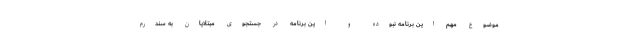
موضوع مهم این برنامه نبوده و این برنامه در جستجوی مبتلایان به سندرم